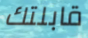
قابلتك